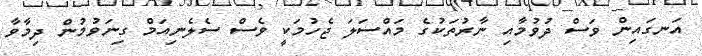
އަނގައިން ވަސް ދުވުމާއި ނާރުތަކުގެ މައްސަލަ ޖެހުމަކީ ވެސް ސެލެނިއަމް ގިނަވުމުން ދިމާވާ